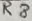
Text: R8